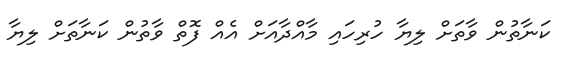
ކަނާތުން ވާތަށް ލިޔާ ހުރިހައި މާއްދާއަށް އެއް ފޮތް ވާތުން ކަނާތަށް ލިޔާ